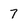
Character: 7